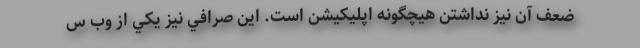
ضعف آن نيز نداشتن هيچگونه اپليكيشن است. اين صرافي نيز يكي از وب س